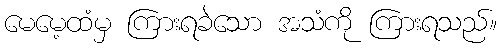
မေမေ့ထံမှ ကြားရခဲသော အသံကို ကြားရသည်။